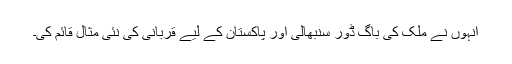
انہوں نے ملک کی باگ ڈور سنبھالی اور پاکستان کے لیے قربانی کی نئی مثال قائم کی۔